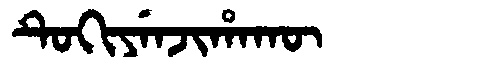
Manchu: ᡨᡠᡴᡳᠶᡝᠨᠵᡳᡥᠠᡴᡡ
Romanization: TUKIYENJIHAKŪ